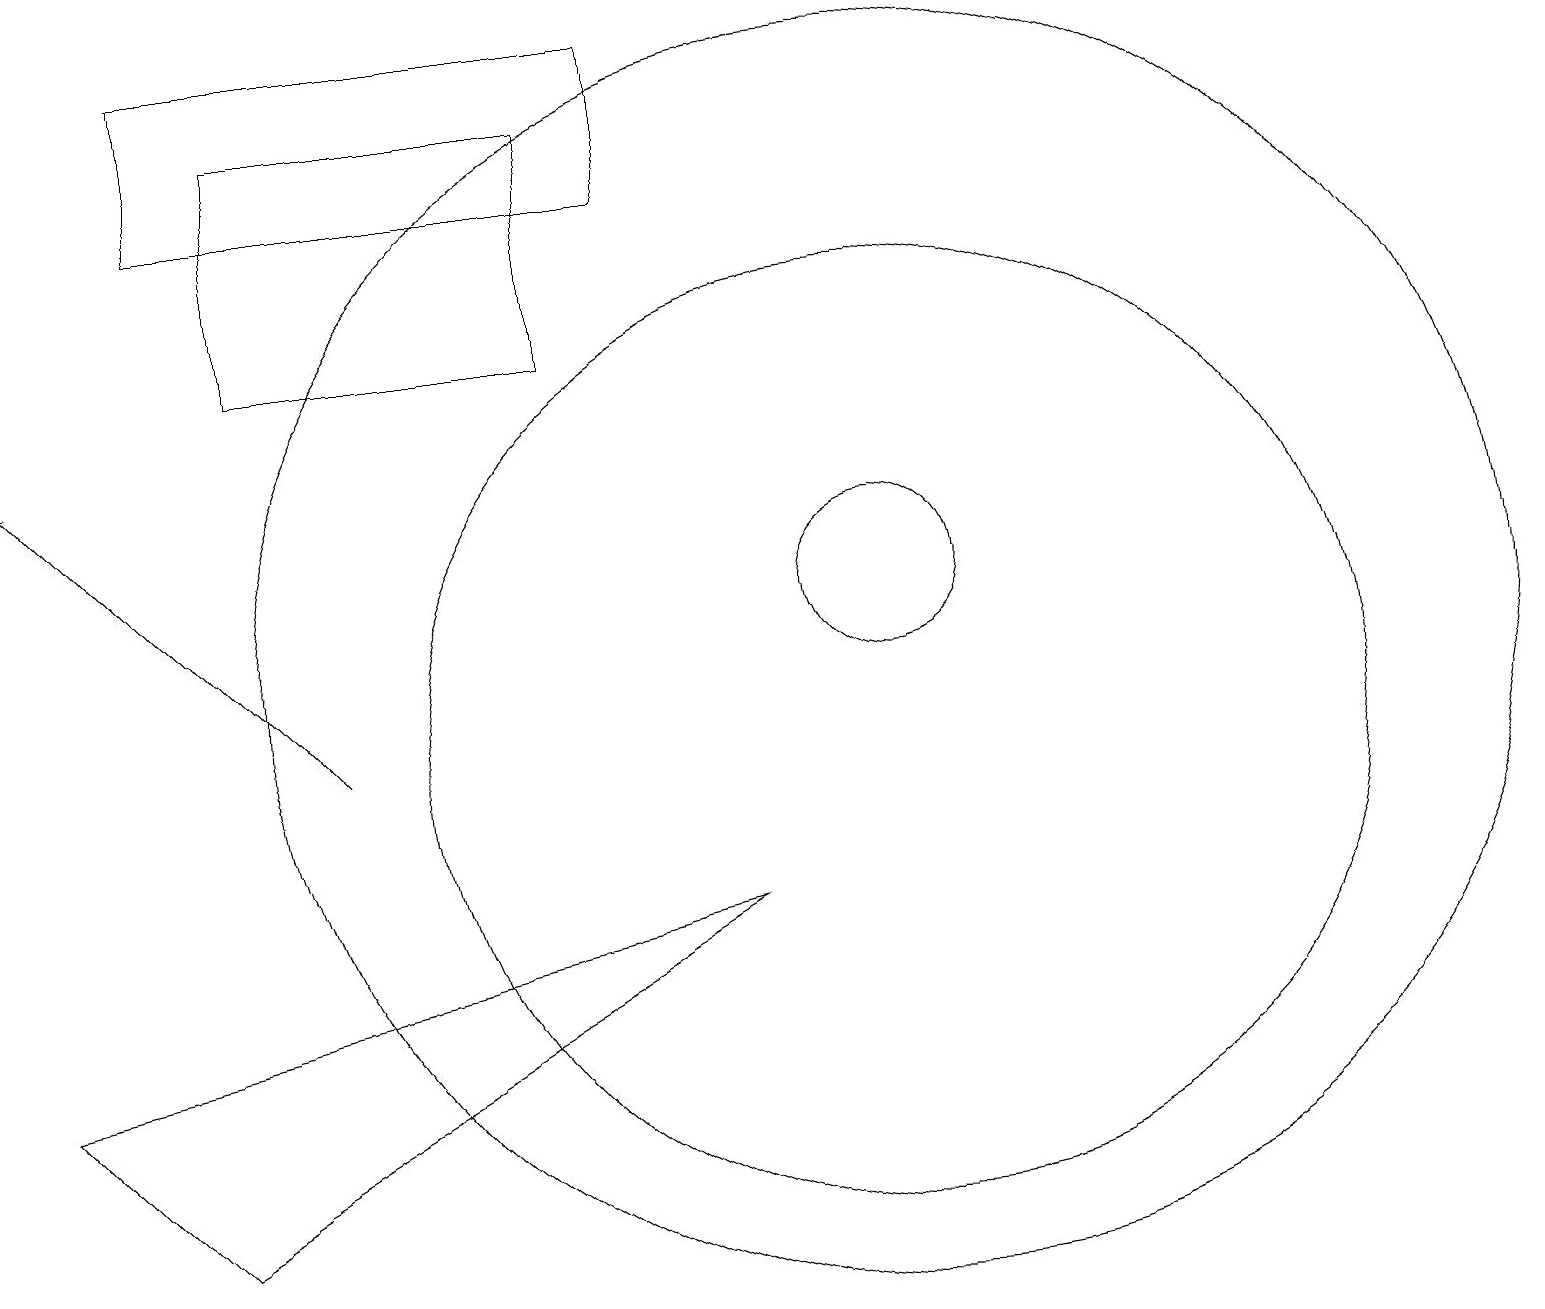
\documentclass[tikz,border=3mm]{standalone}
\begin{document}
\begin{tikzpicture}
\draw (0,6) -- (9,8) -- (2,4) -- cycle;
\draw (11,11) circle (8);
\draw (2,17) rectangle (8,19);
\draw (11,10) circle (6);
\draw (11,12) circle (1);
\draw (10,10) circle (0);
\draw (3,15) rectangle (7,18);
\draw[->] (4,10) -- (0,14);
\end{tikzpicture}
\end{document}